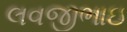
લવજીભાઇ